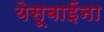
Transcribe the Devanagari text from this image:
येसूबाईंना